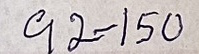
92 - 150